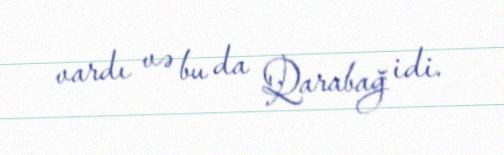
vardı və bu da Qarabağ idi.